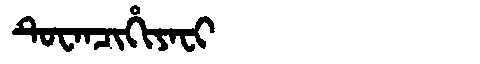
Manchu: ᡨᡠᠸᠠᠨᠴᡳᡥᡳᠶᠠᠸᡳ
Romanization: TUWANCIHIYAFI